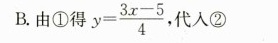
B. 由①得y $$y= \frac{3x-5}{4}$$ ，代人②